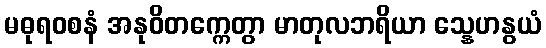
မဓုရဝစနံ အနုဝိတက္ကေတွာ မာတုလဘရိယာ သ္နေဟနွယံ